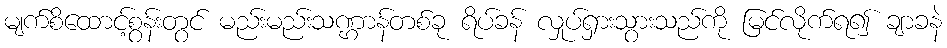
မျက်စိထောင့်စွန်းတွင် မည်းမည်းသဏ္ဌာန်တစ်ခု ရိပ်ခန် လှုပ်ရှားသွားသည်ကို မြင်လိုက်ရ၍ ချာခနဲ